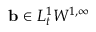
\ensuremath { \mathbf { b } } \in L _ { t } ^ { 1 } W ^ { 1 , \infty }